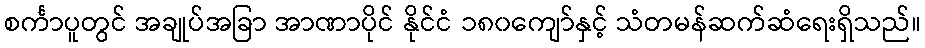
စင်္ကာပူတွင် အချုပ်အခြာ အာဏာပိုင် နိုင်ငံ ၁၈၀ကျော်နှင့် သံတမန်ဆက်ဆံရေးရှိသည်။